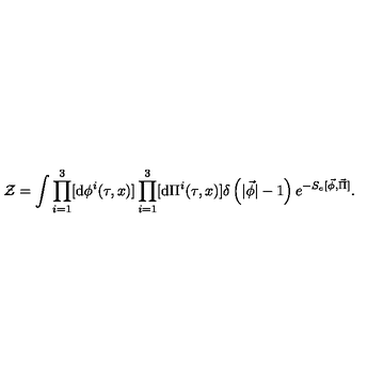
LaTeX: { \cal Z } = \int \prod _ { i = 1 } ^ { 3 } [ \mathrm { d } { \phi } ^ { i } ( \tau , x ) ] \prod _ { i = 1 } ^ { 3 } [ \mathrm { d } { \Pi } ^ { i } ( \tau , x ) ] \delta \left( | \vec { \phi } | - 1 \right) e ^ { - S _ { e } [ \vec { \phi } , \vec { \Pi } ] } .